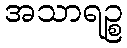
အသာရဉ္စ